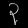
Digit: ၃